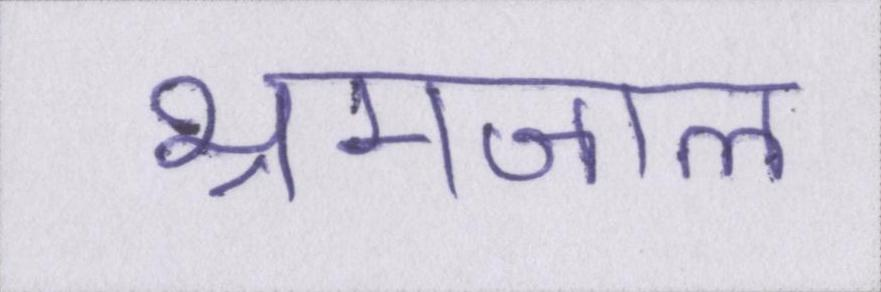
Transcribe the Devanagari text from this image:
भ्रमजाल